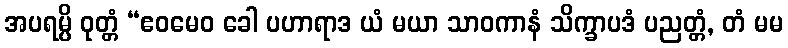
အပရမ္ပိ ဝုတ္တံ “ဧဝမေဝ ခေါ ပဟာရာဒ ယံ မယာ သာဝကာနံ သိက္ခာပဒံ ပညတ္တံ, တံ မမ